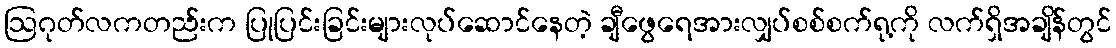
ဩဂုတ်လကတည်းက ပြုပြင်းခြင်းများလုပ်ဆောင်နေတဲ့ ချီဖွေရေအားလျှပ်စစ်စက်ရု့ကို လက်ရှိအချိန်တွင်